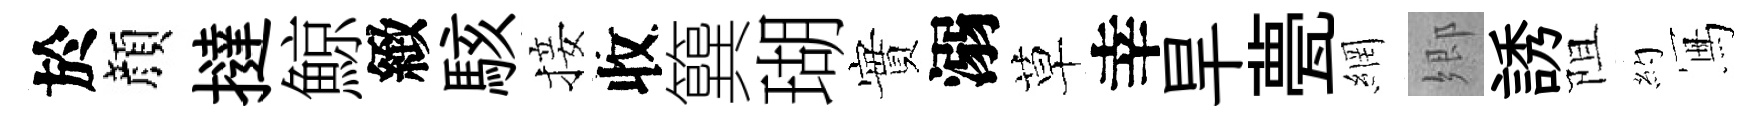
於顔撻鯨緻駭接收簨瑚實溺草幸旱甍網郷誘阻約冩